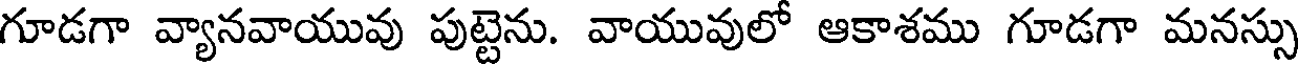
గూడగా వ్యానవాయువు పుట్టెను. వాయువులో ఆకాశము గూడగా మనస్సు